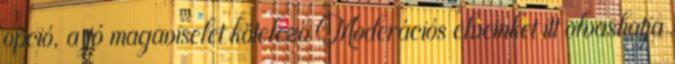
opció, a jó magaviselet kötelező Moderációs elveinket itt olvashatja